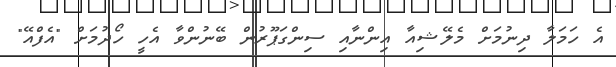
އެ ހަމަލާ ދިނުމަށް މެލޭޝިއާ އިންނާއި ސިންގަޕޫރުން ބޭނުންވާ އެހީ ހޯދުމަށް "އެފްއޭ"